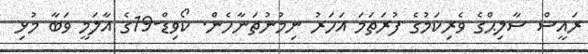
ރައީސް ސާލިޙްގެ ވެރިކަމުގެ ފުރަތަމަ އަހަރު ނިމުނުތަނާހެން. ކޯވިޑް-19ގެ އާލަމީ ވަބާ މުޅި